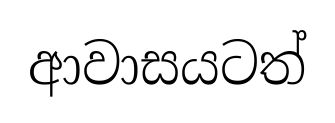
ආවාසයටත්